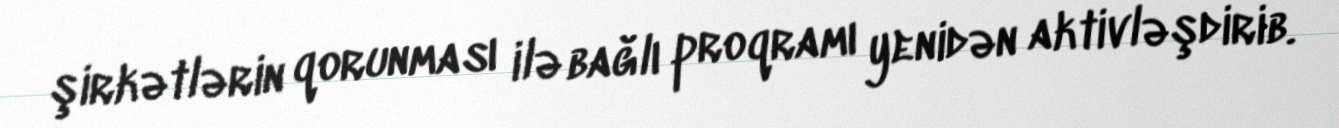
şirkətlərin qorunması ilə bağlı proqramı yenidən aktivləşdirib.